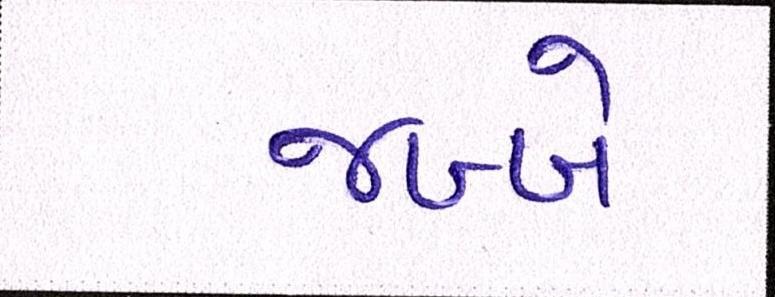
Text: જબ્બે